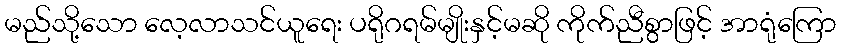
မည်သို့သော လေ့လာသင်ယူရေး ပရိုဂရမ်မျိုးနှင့်မဆို ကိုက်ညီစွာဖြင့် အာရုံကြော